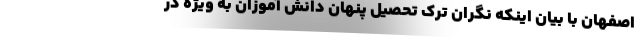
اصفهان با بیان اینکه نگران ترک تحصیل پنهان دانش آموزان به ویژه در